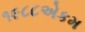
૧૯૮૮એકમ